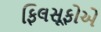
ફિલસૂફોએ